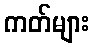
ကတ်များ